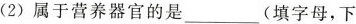
(2)属于营养器官的是\underline(填字母，下